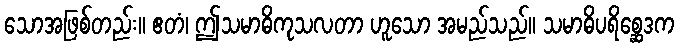
သောအဖြစ်တည်း။ ဧတံ၊ ဤသမာဓိကုသလတာ ဟူသော အမည်သည်။ သမာဓိပရိစ္ဆေဒက